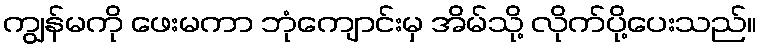
ကျွန်မကို ဖေးမကာ ဘုံကျောင်းမှ အိမ်သို့ လိုက်ပို့ပေးသည်။